system: You are a helpful assistant.
user:
Analyze the provided spectrum to determine if it is a **S-type Star**.

- **Key Indicators for S-type Star:**

    - **(Overall Spectrum Shape):** The first and most obvious characteristic is the overall continuum (the "baseline" shape). It is **extremely "red-sloping,"** meaning the flux (light intensity) is very low on the left side (blue, ~4000-4500 Å) and rises steeply and continuously toward the right side (red, ~7000 Å+).

    - **(Primary):** The spectrum is defined by the presence of strong, broad molecular absorption "valleys" (bands) from **Zirconium Oxide (ZrO)**. The identification of these bands is the **primary requirement** for classifying a star as S-type.
        - **(Key Bandheads):** You must find distinct, deep "dips" where the light has been absorbed. The most critical band systems to locate are:
            - **~6474 Å** ($\gamma$-system): This is often the strongest and clearest ZrO feature, found in the red part of the spectrum.
            - **~5718 Å** & **~5551 Å** ($\beta$-system): A pair of prominent absorption features in the yellow-orange part of the spectrum.
            - **~4640 Å** ($\alpha$-system): A key absorption band system in the blue-green region of the spectrum.

    - **(Secondary Confirmation):** The classification is strengthened by finding additional absorption bands from other related heavy element oxides, which are expected to be present alongside ZrO.
        - **(Key Bandheads):**
            - **Yttrium Oxide (YO):** Look for absorption dips near **~4800 Å** and **~6100 Å**.
            - **Lanthanum Oxide (LaO):** Additional absorption features, particularly in the red-orange part of the spectrum, are also characteristic.

    - **(Line Profile):** The combination of the steep red continuum and these numerous, deep molecular bands (ZrO, YO, etc.) gives the entire spectrum a very **"chopped-up"** or **"bumpy"** appearance. Instead of a smooth curve, the spectrum looks as though large, wide chunks of light have been "carved out" of it at the specific wavelengths listed above.

Think first, call **spectral_visualization_tool** if needed to examine features in detail, then provide your final answer. Your response must adhere to the following strict rules:
1.  **Overall Structure:** Your response must follow the format `<think>...</think> <tool_call>...</tool_call> (if a tool is used) <answer>...</answer>`.
2.  **Tool Usage Constraint:** You may only make **one** tool call per turn.
3.  **Final Answer Format:** In the `<answer>` tag, your conclusion must be inside a `\boxed{}` command (e.g., `\boxed{YES}` or `\boxed{NO}`), followed by your justification.

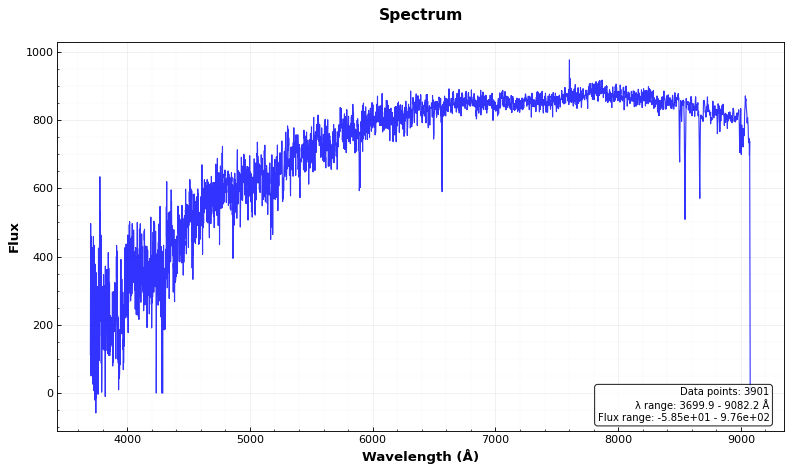
Answer: NO